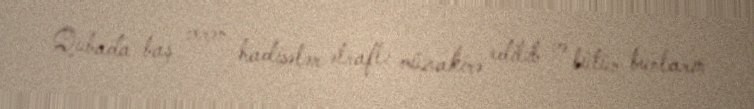
Qubada baş verən hadisələr ətraflı müzakirə edilib və bütün bunların